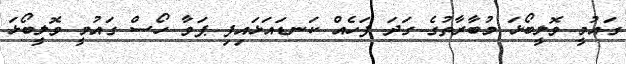
ގައުމީ ވޮލީބޯޅަ މުބާރާތުގެ ގަދަ ފަހެއް ކަނޑައަޅައިފި ޕަވާ ހޯސް ގައުމީ ވޮލީބޯޅަ